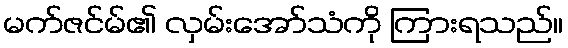
မက်ဇင်မ်၏ လှမ်းအော်သံကို ကြားရသည်။